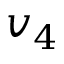
v _ { 4 }